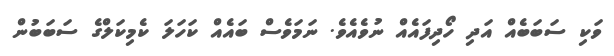
ވަކި ސަބަބެއް އަދި ހޯދިފައެއް ނުވެއެވެ. ނަމަވެސް ބައެއް ކަހަލަ ކެމިކަލްގެ ސަބަބުން